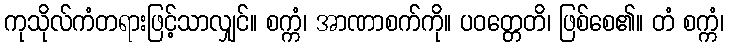
ကုသိုလ်ကံတရားဖြင့်သာလျှင်။ စက္ကံ၊ အာဏာစက်ကို။ ပဝတ္တေတိ၊ ဖြစ်စေ၏။ တံ စက္ကံ၊